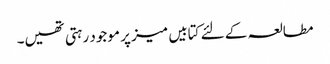
مطالعہ کے لئے کتابیں میز پر موجود رہتی تھیں۔